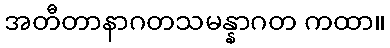
အတီတာနာဂတသမန္နာဂတ ကထာ။